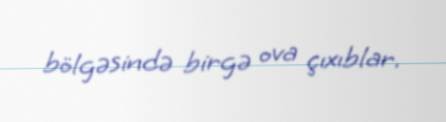
bölgəsində birgə ova çıxıblar.